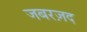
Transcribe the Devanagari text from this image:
जबरज़द